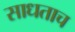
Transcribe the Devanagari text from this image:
साधताच